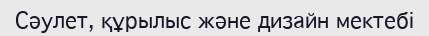
Сәулет, құрылыс және дизайн мектебі